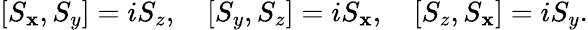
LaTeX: [S_{\mathbf{x}},S_{y}]=iS_{z},\quad[S_{y},S_{z}]=iS_{\mathbf{x}},\quad[S_{z},S_{\mathbf{x}}]=iS_{y}.